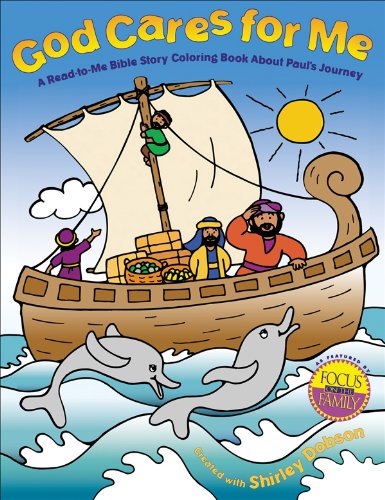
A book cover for God Cares for Me Coloring Book (Coloring Books); Shirley Dobson; Christian Books & Bibles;